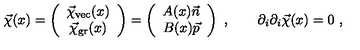
\vec { \chi } ( x ) = \left( \begin{array} { c } { \vec { \chi } _ { \mathrm { v e c } } ( x ) } \\ { \vec { \chi } _ { \mathrm { g r } } ( x ) } \\ \end{array} \right) = \left( \begin{array} { c } { A ( x ) \vec { n } } \\ { B ( x ) \vec { p } } \\ \end{array} \right) \ , \qquad \partial _ { i } \partial _ { i } \vec { \chi } ( x ) = 0 \ ,